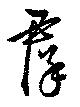
羣